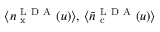
\langle n _ { \mathrm { ~ x ~ } } ^ { \mathrm { ~ L ~ D ~ A ~ } } ( u ) \rangle , \, \langle \bar { n } _ { \mathrm { ~ c ~ } } ^ { \mathrm { ~ L ~ D ~ A ~ } } ( u ) \rangle